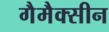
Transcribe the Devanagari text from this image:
गैमैक्सीन